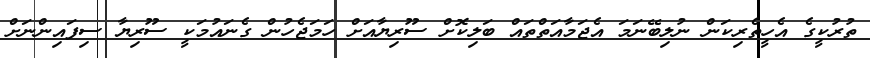
ތުރުކީގެ އެހީތެރިކަން ނުލިބޭނަމަ އެޖަމާއަތްތައް ބަލިކޮށް ސޫރިޔާއަށް ހަމަޖެހުން ގެނައުމަކީ ސޫރިޔާ ސިފައިންނަށް